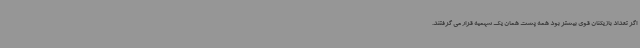
اگر تعداد بازیکنان قوی بیشتر بود همه پشت همان یک سهمیه قرار می گرفتند.